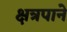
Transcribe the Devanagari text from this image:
क्षत्रपाने